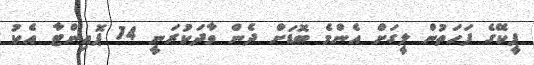
ޕީކޭގެ ފަހަތުން ލީގަށް އެންމެ ބޮޑަށް ދެން ވާދަކުރަނީ 14 ޕޮއިންޓާ އެކު